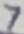
Text: 7